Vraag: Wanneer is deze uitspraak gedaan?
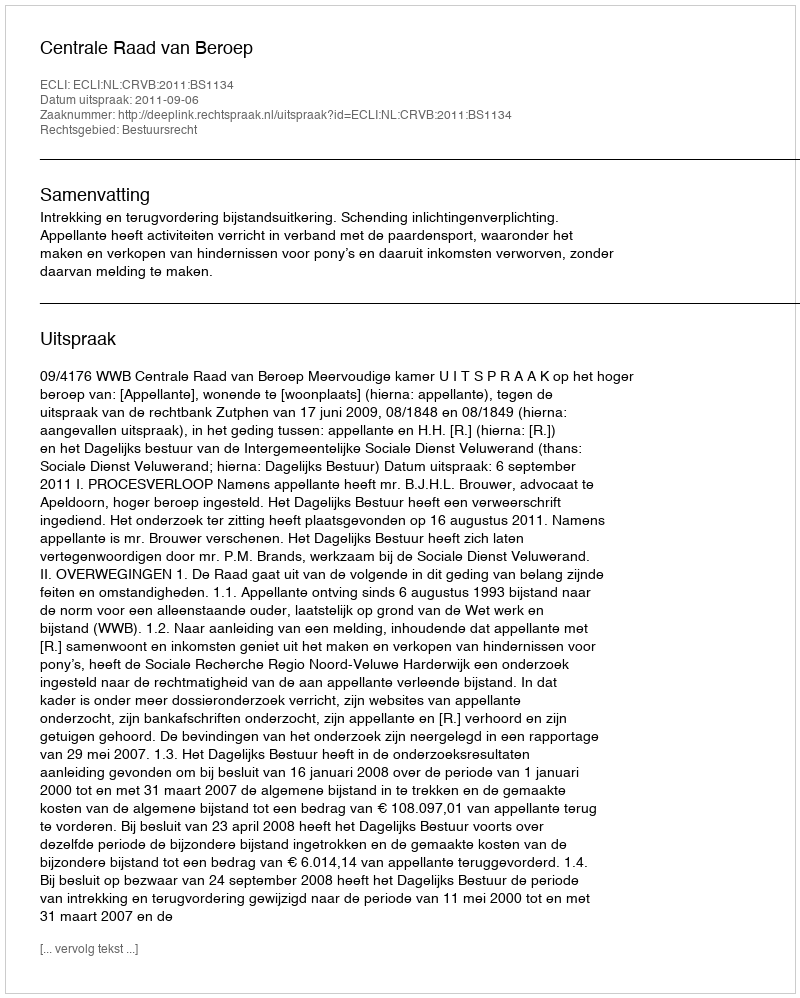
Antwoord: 2011-09-06